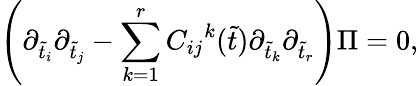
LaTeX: \left(\partial_{\tilde{t}_{i}}\partial_{\tilde{t}_{j}}-\sum_{k=1}^{r}{C_{ij}}^{k}(\tilde{t})\partial_{\tilde{t}_{k}}\partial_{\tilde{t}_{r}}\right)\Pi=0,